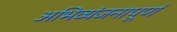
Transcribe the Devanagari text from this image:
अभिव्यंजनापूर्ण